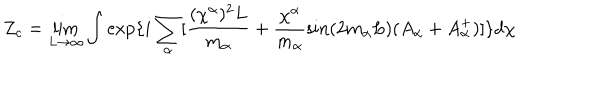
Z _ { c } = \lim _ { L \rightarrow \infty } \int \exp \{ i \sum _ { \alpha } [ \frac { ( \chi ^ { \alpha } ) ^ { 2 } L } { m _ { \alpha } } + \frac { \chi ^ { \alpha } } { m _ { \alpha } } \sin ( 2 m _ { \alpha } L ) ( A _ { \alpha } + A _ { \alpha } ^ { + } ) ] \} d \chi